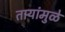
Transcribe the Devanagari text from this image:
तार्‍यांमुळे